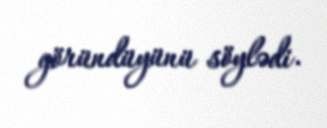
göründüyünü söylədi.